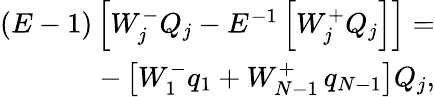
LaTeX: \begin{array}{r}{\left(E-1\right)\left[W_{j}^{-}Q_{j}-E^{-1}\left[W_{j}^{+}Q_{j}\right]\right]=}\\ {-\left[W_{1}^{-}q_{1}+W_{N-1}^{+}\thinspace q_{N-1}\right]Q_{j},}\end{array}